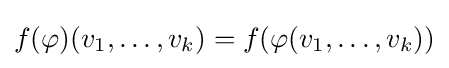
f(\varphi )(v_{1},\dotsc ,v_{k})=f(\varphi (v_{1},\dotsc ,v_{k}))